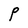
Character: P